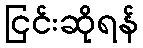
ငြင်းဆိုရန်